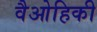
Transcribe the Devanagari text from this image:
वैओहिकी